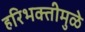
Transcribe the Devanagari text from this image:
हरिभक्तीमुळे